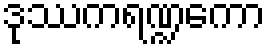
ဒုဿကရဏ္ဍကော